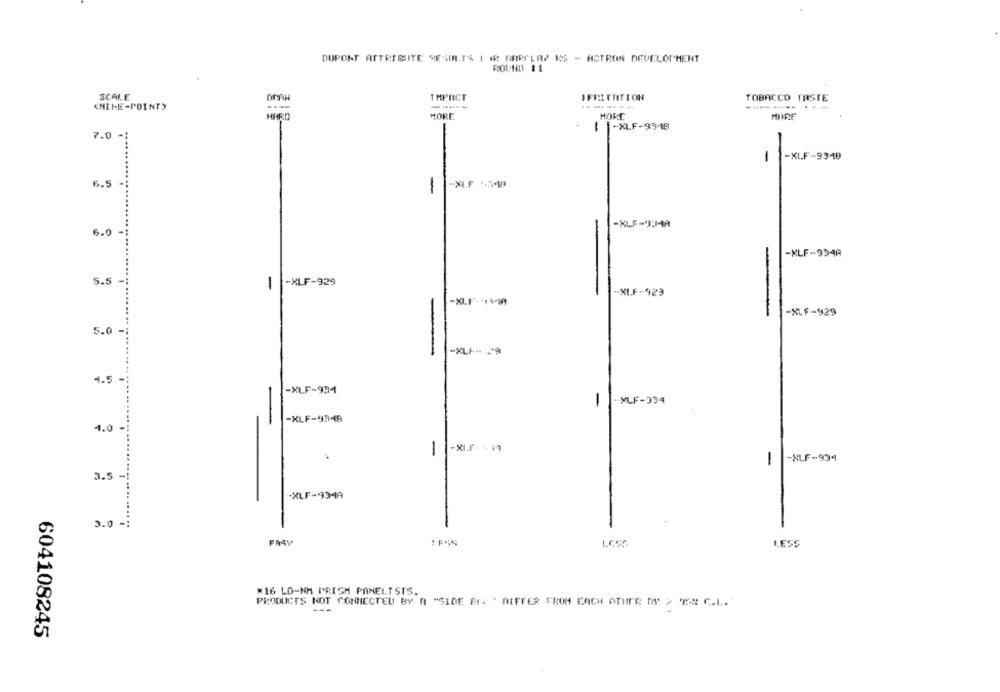
DUPONT RETRIBITE RESULTS | IR REPLAY KS - HCTRON DEVELOPMENT
ROUND 11
SCALE
OPAH
THPRICT
IFRITATION
TOBACCO TASTE
---.....
----.....
<NINE-POINT)
HARD
MORE
HORE
HIRE
-
$ |-XLF-93419
7.0 .
-
-KLF-9349
6.5
-XLF 524
-
-
-KLF-)JA
6.0 -
-KLF-994A
-
5.5 -
-XLF-929
-
-XLF-923
-XLF. +1-A
-XLF-929
5.0
-
4.5
-XLF-994
-
-
XLF-334
-XLF-9948
4.0 -
-XI.F. t. 1
.
-
-
XLF-934
3.5 -
-
-XLF-9348
3.0 -:
FASY
LESS
#16 LO-NH PRISM PANELISTS.
PRODUCTS NOT CONNECTED BY A "SIDE 614' ' DIFFER FROM EACH OTHER NY > THE C.L.
604108245